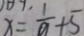
x = \frac { 1 } { a } + 5